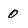
Character: 0